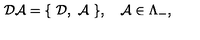
{ \cal D A } = \{ \ { \cal D } , \ { \cal A } \ \} , \quad { \cal A } \in \Lambda _ { - } ,